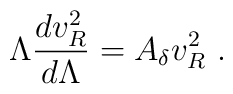
\Lambda \frac{dv_{R}^{2}}{d\Lambda }=A_{\delta }v_{R}^{2}\ .